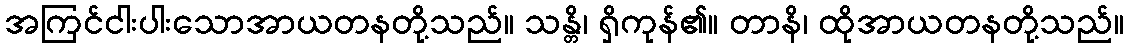
အကြင်ငါးပါးသောအာယတနတို့သည်။ သန္တိ၊ ရှိကုန်၏။ တာနိ၊ ထိုအာယတနတို့သည်။